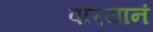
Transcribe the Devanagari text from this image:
वार्‍यानं